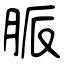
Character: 脈